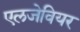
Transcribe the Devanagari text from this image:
एलजेवियर